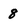
Character: 8